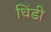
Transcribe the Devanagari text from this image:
धिंडी